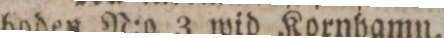
boden N:o 3 wid Kornhamn.